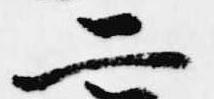
二